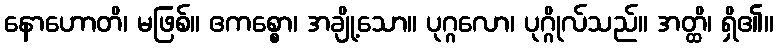
နောဟောတိ၊ မဖြစ်။ ဧကစ္စော၊ အချို့သော။ ပုဂ္ဂလော၊ ပုဂ္ဂိုလ်သည်။ အတ္ထိ၊ ရှိ၏။